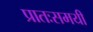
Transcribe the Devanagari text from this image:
प्रातःसमयी